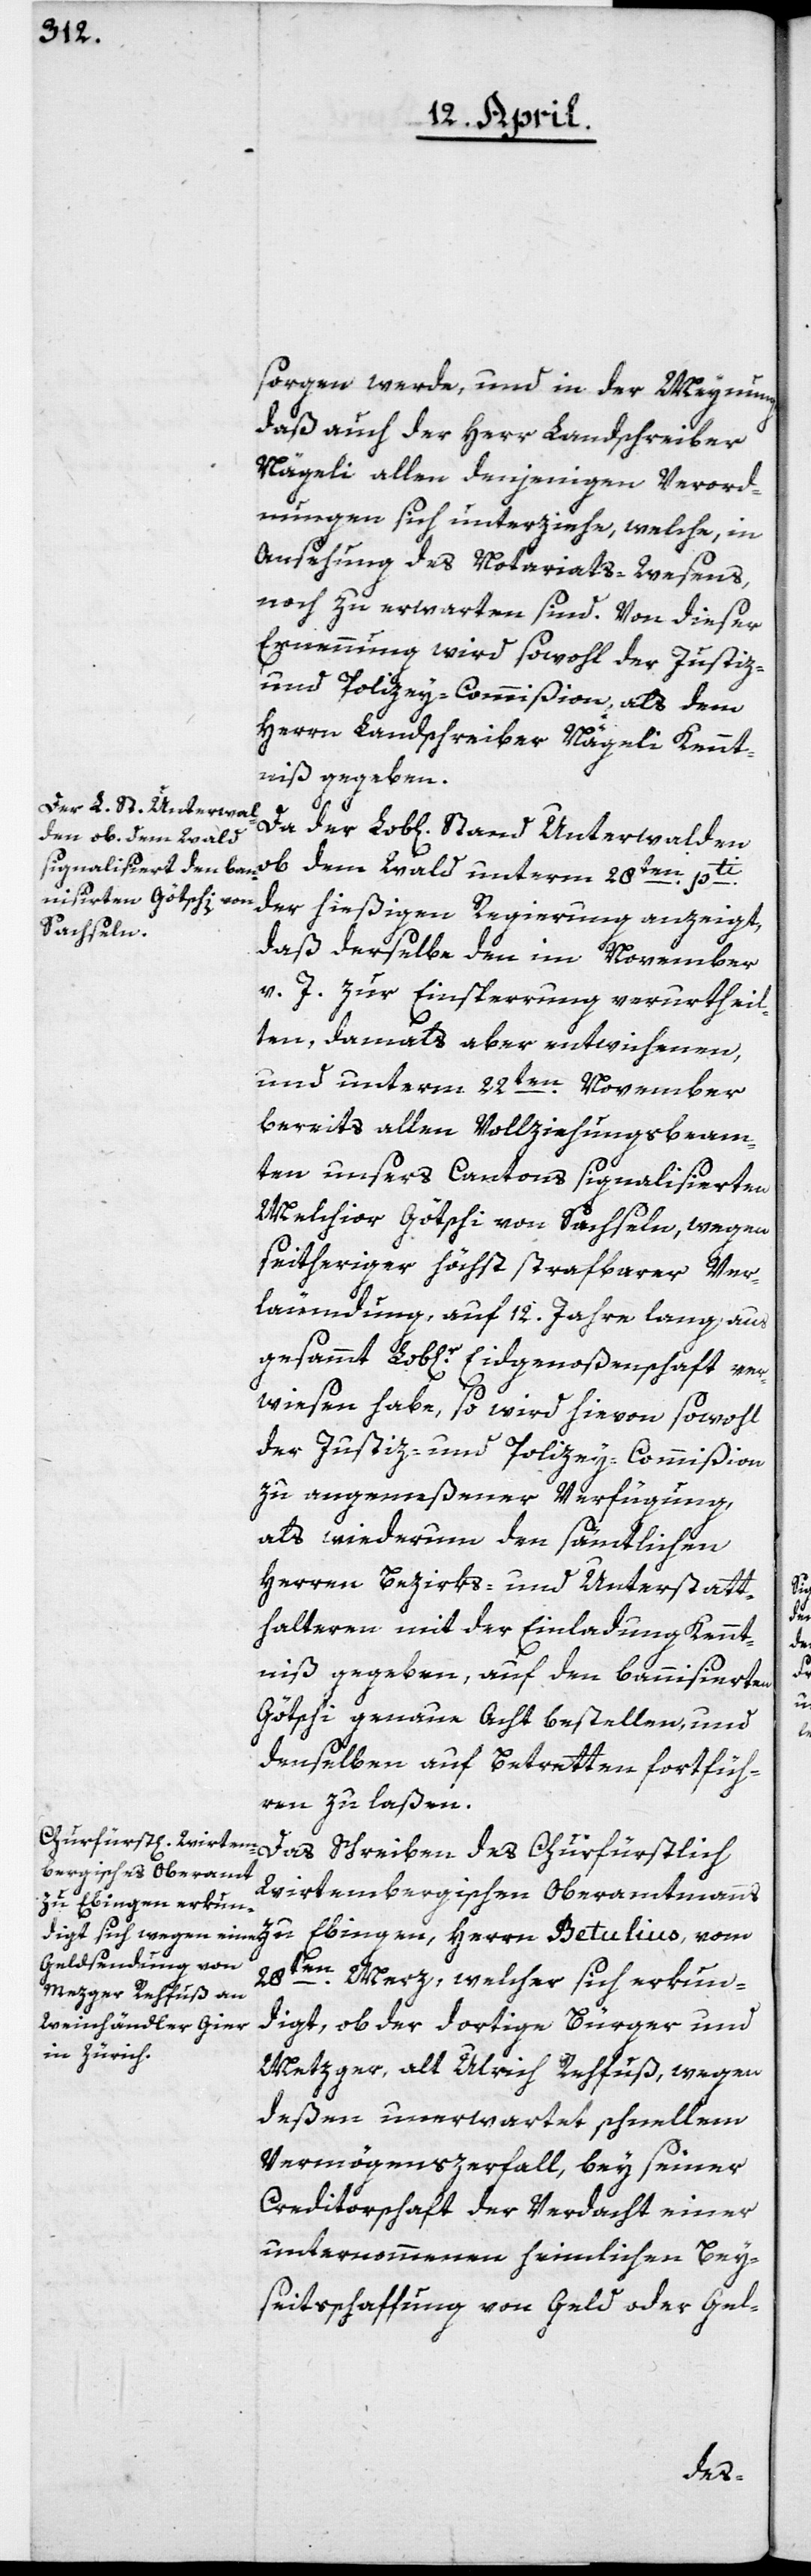
sorgen werde, und in der Meynung,
daß auch der Herr Landschreiber
Nägeli allen denjenigen Verord¬
nungen sich unterziehe, welche in
Ansehung des Notariats-Wesens
noch zu erwarten sind. Von dieser
Ernennung wird sowohl der Justiz-
und Polizey-Commißion, als dem
Herrn Landschreiber Nägeli Kennt¬
niß gegeben.
ob dem Wald unterm 28ten pti
der hießigen Regierung anzeigt,
daß derselbe den im November
v. J. zur Einsperrung verurtheil¬
ten, damals aber entwichenen,
und unterm 22ten November
bereits allen Vollziehungsbeam¬
ten unsers Cantons signalisierten
Melchior Götschi von Sachseln, wegen
seitheriger höchst strafbarer Ver¬
leumdung, auf 12. Jahre lang aus
gesammt Lob[licher] Eidgenoßenschaft ver¬
wiesen habe, so wird hievon sowohl
der Justiz- und Polizey-Commißion
zu angemeßener Verfügung,
als wiederum den sämtlichen
Herren Bezirks- und Unterstatt¬
halteren mit der Einladung Kennt¬
niß gegeben, auf den bannisierten
Götschi genaue Acht bestellen, und
denselben auf Betretten fortfüh¬
ren zu laßen.
Das Schreiben des Churfürstlich
Wirtembergischen Oberamtmanns
zu Ebingen, Herrn Betulius, vom
28ten Merz, welcher sich erkun¬
digt, ob der dortige Bürger und
Metzger, alt Ulrich Rehfuß, wegen
deßen unerwartet schnellen
Vermögenszerfall, bey seiner
Creditorschaft der Verdacht einer
unternommenen heimlichen Bey¬
seitsschaffung von Geld oder Gel-
der